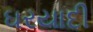
ઘરયાદી